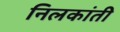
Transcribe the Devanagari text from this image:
निलकांती